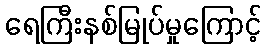
ရေကြီးနစ်မြုပ်မှုကြောင့်